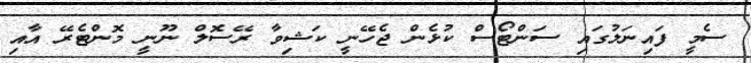
ސެމީ ފައިނަލުގައި ސަންޓޯސް ކުޅެން ޖެހޭނީ ކަޝިވާ ރޭސޮލް ނޫނީ މޮންޓެރޭ އާއި